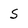
Character: S